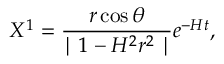
X ^ { 1 } = \frac { r \cos \theta } { \mid 1 - H ^ { 2 } r ^ { 2 } \mid } e ^ { - H t } ,